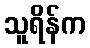
သူရိန်က